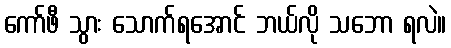
ကော်ဖီ သွား သောက်ရအောင် ဘယ်လို သဘော ရလဲ။